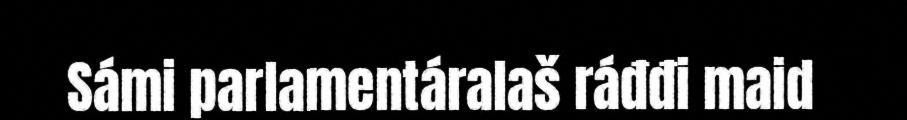
Sámi parlamentáralaš ráđđi maid